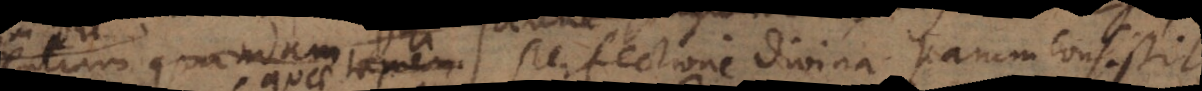
quae cum perfectione divina parum consistit;